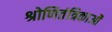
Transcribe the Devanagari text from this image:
श्रोणितंत्रिकाओं